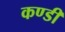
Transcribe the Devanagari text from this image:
कण्डी